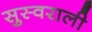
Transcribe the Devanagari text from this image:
सुस्वराली